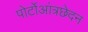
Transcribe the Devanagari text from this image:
पोर्टोआंत्रछेदन